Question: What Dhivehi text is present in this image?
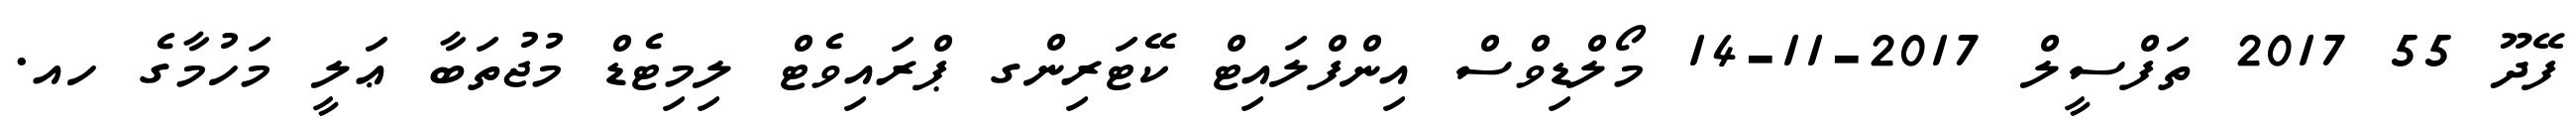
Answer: ފޭދޫ 55 2017 ތަފްސީލް 2017-11-14 މޯލްޑިވްސް އިންފްލައިޓް ކޭޓަރިންގ ޕްރައިވެޓް ލިމިޓެޑް މުޖުތަބާ ޢަލީ މަހުމާގެ ހއ.